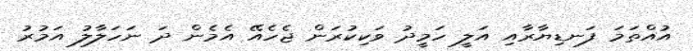
އުއްތަމަ ފަނޑިޔާރާއި އަލީ ހަމީދު ވަކިކުރަން ޖެހެއޭ އެމެން ދަ ނަހަލާލު އަމުރު